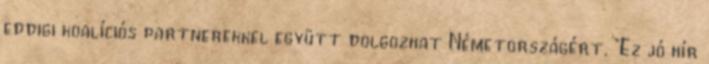
eddigi koalíciós partnerekkel együtt dolgozhat Németországért. "Ez jó hír